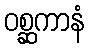
ဝစ္ဆကာနံ